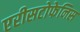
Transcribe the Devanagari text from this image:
एरीसटोफेनिस